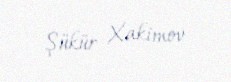
Şükür Xakimov